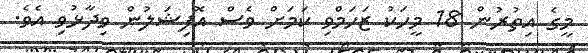
މީގެ އިތުރުން 18 މީހަކު ޒަހަމްވި ކަމަށް ވެސް އޮފިޝަލުން ވިދާޅުވި އެވެ.